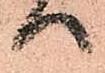
へ